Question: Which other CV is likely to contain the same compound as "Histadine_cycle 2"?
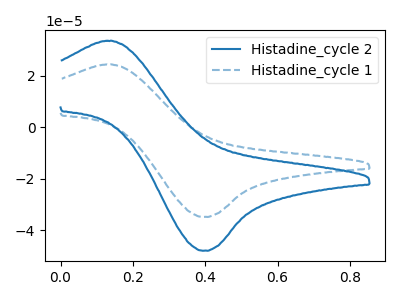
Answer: <think>The blue curve "Histadine_cycle 2" has an anodic peak at (0.15V, 33.70uA) and a cathodic peak at (0.40V, -48.05uA). The blue dashed curve "Histadine_cycle 1" has an anodic peak at (0.15V, 24.45uA) and a cathodic peak at (0.40V, -34.90uA).
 All the peaks in "Histadine_cycle 2" have a peak in "Histadine_cycle 1" at the same potential. Every peak in "Histadine_cycle 2" is higher than every peak in "Histadine_cycle 1".</think>
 <answer>The CV with the most similar shape to "Histadine_cycle 1" is "Histadine_cycle 2".</answer>
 <eval>"Histadine_cycle 2"</eval>